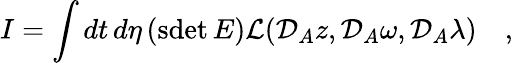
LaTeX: I=\int dt\, d\eta\, (\mathrm{sdet}\, E){\cal L}({\cal D}_{A}z,{\cal D}_{A}\omega,{\cal D}_{A}\lambda)\quad,